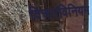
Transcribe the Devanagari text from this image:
विचारविनियम